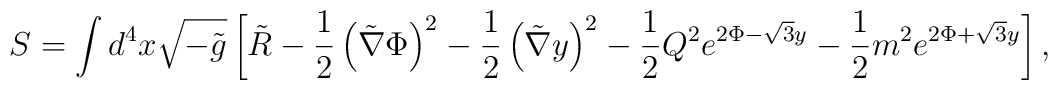
S=\int d^4 x \sqrt{-\tilde{g}} \left[ \tilde{R}  -\frac{1}{2} \left( \tilde{\nabla} \Phi \right)^2 -\frac{1}{2} \left( \tilde{\nabla} y \right)^2  -\frac{1}{2} Q^2 e^{2\Phi -\sqrt{3}y} -\frac{1}{2} m^2 e^{2\Phi +\sqrt{3}y} \right] ,